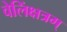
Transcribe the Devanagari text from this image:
वेलिंक्षत्रम्